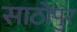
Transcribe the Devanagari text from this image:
साठोपुर